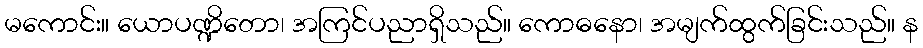
မကောင်း။ ယောပဏ္ဍိတော၊ အကြင်ပညာရှိသည်။ ကောဓနော၊ အမျက်ထွက်ခြင်းသည်။ န